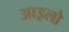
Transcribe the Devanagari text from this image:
आइलो